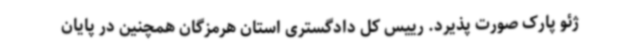
ژئو پارک صورت پذیرد. رییس کل دادگستری استان هرمزگان همچنین در پایان